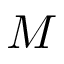
M